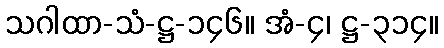
သဂါထာ-သံ-ဋ္ဌ-၁၄၆။ အံ-၄၊ ဋ္ဌ-၃၁၄။